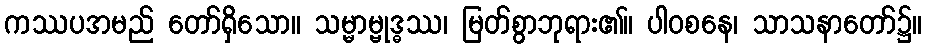
ကဿပအမည် တော်ရှိသော။ သမ္မာမ္ဗုဒ္ဓဿ၊ မြတ်စွာဘုရား၏။ ပါဝစနေ၊ သာသနာတော်၌။